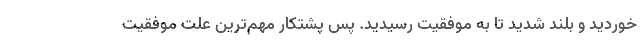
خوردید و بلند شدید تا به موفقیت رسیدید. پس پشتکار مهم‌ترین علت موفقیت